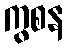
ကွစန